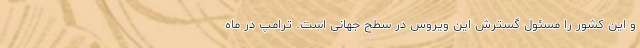
و این کشور را مسئول گسترش این ویروس در سطح جهانی است. ترامپ در ماه